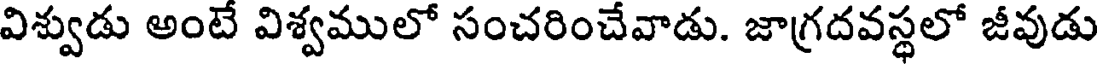
విశ్వుడు అంటే విశ్వములో సంచరించేవాడు. జాగ్రదవస్థలో జీవుడు